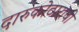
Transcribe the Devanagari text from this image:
दारुकोठाराची